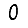
Digit: 0